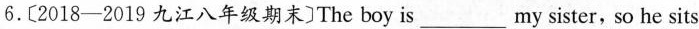
6.〔2018-2019九江八年级期末]The boy is___ my sister, so he sits